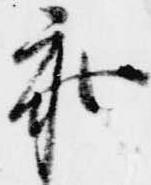
参